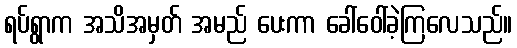
ရပ်ရွာက အသိအမှတ် အမည် ပေးကာ ခေါ်ဝေါ်ခဲ့ကြလေသည်။